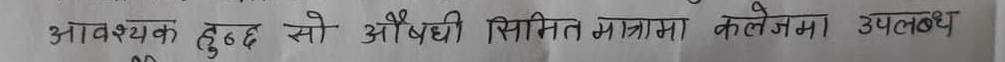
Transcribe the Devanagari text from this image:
आवश्यक हुन्छ सो औषधि सिमित मात्रामा कलेजमा उपलब्ध